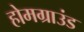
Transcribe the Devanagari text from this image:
होमग्राउंड